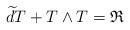
LaTeX: \begin{align*}\widetilde{d}T+T\wedge T=\mathfrak{R}\end{align*}